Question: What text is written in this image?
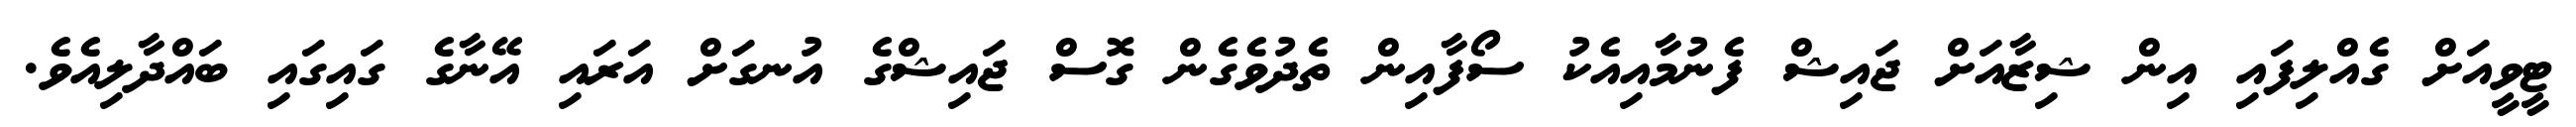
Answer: ޓީވީއަށް ގެއްލިފައި އިން ޝިޒާއަށް ޖައިޝް ފެނުމާއިއެކު ސޯފާއިން ތެދުވެގެން ގޮސް ޖައިޝްގެ އުނގަށް އަރައި އޭނާގެ ގައިގައި ބައްދާލިއެވެ.